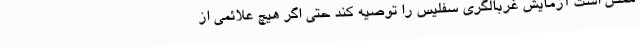
ممکن است آزمایش غربالگری سفلیس را توصیه کند حتی اگر هیچ علائمی از